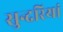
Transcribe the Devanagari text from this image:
सुन्दरियां